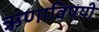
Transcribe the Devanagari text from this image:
ऋणाविषयी